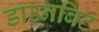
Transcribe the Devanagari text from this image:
डाउनबिट